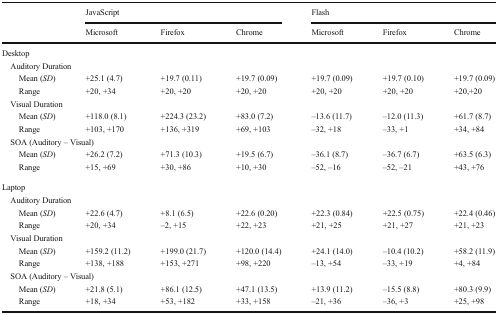
| <ROWSPAN=2>  | <COLSPAN=3> JavaScript | <COLSPAN=3> Flash |
 | Microsoft | Firefox | Chrome | Microsoft | Firefox | Chrome |
 | --- | --- | --- | --- | --- | --- | --- |
 | <COLSPAN=7> Desktop |
 | <COLSPAN=7> Auditory Duration |
 | Mean (SD) | +25.1 (4.7) | +19.7 (0.11) | +19.7 (0.09) | +19.7 (0.09) | +19.7 (0.10) | +19.7 (0.09) |
 | Range | +20, +34 | +20, +20 | +20, +20 | +20, +20 | +20, +20 | +20,+20 |
 | <COLSPAN=7> Visual Duration |
 | Mean (SD) | +118.0 (8.1) | +224.3 (23.2) | +83.0 (7.2) | –13.6 (11.7) | –12.0 (11.3) | +61.7 (8.7) |
 | Range | +103, +170 | +136, +319 | +69, +103 | –32, +18 | –33, +1 | +34, +84 |
 | <COLSPAN=7> SOA (Auditory – Visual) |
 | Mean (SD) | +26.2 (7.2) | +71.3 (10.3) | +19.5 (6.7) | –36.1 (8.7) | –36.7 (6.7) | +63.5 (6.3) |
 | Range | +15, +69 | +30, +86 | +10, +30 | –52, –16 | –52, –21 | +43, +76 |
 | Laptop | <COLSPAN=3>  | <COLSPAN=3>  |
 | <COLSPAN=7> Auditory Duration |
 | Mean (SD) | +22.6 (4.7) | +8.1 (6.5) | +22.6 (0.20) | +22.3 (0.84) | +22.5 (0.75) | +22.4 (0.46) |
 | Range | +20, +34 | –2, +15 | +22, +23 | +21, +25 | +21, +27 | +21, +23 |
 | <COLSPAN=7> Visual Duration |
 | Mean (SD) | +159.2 (11.2) | +199.0 (21.7) | +120.0 (14.4) | +24.1 (14.0) | –10.4 (10.2) | +58.2 (11.9) |
 | Range | +138, +188 | +153, +271 | +98, +220 | –13, +54 | –33, +19 | +4, +84 |
 | <COLSPAN=7> SOA (Auditory – Visual) |
 | Mean (SD) | +21.8 (5.1) | +86.1 (12.5) | +47.1 (13.5) | +13.9 (11.2) | –15.5 (8.8) | +80.3 (9.9) |
 | Range | +18, +34 | +53, +182 | +33, +158 | –21, +36 | –36, +3 | +25, +98 |